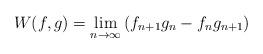
LaTeX: \begin{align*} W(f,g)=\lim_{n\rightarrow\infty}\left(f_{n+1}g_{n}-f_{n}g_{n+1}\right) \end{align*}